Scientific memoirs by medical officers of the Army of India - Part XII,
Year: 1901
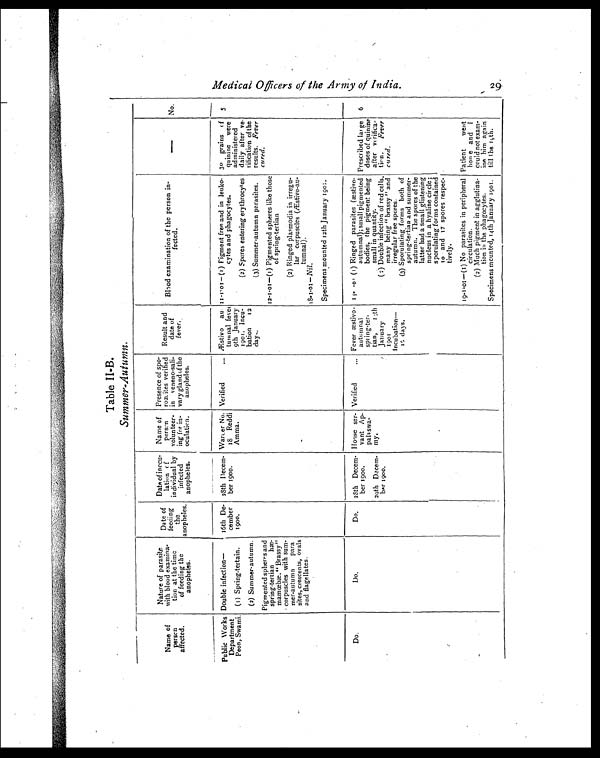
Medical officers of the Army of India.
2 9
Table II-B.
Summer-Autumn.
Name of
perscn
affected.
Nature of parasite
with blood examina-
tion at the time
of feeding the
a n o p h e l e s .
Date of
feeding
t h e
anopheles .
Date of inccu-
lation of
individual by
infected
anopheles.
Name of
person
volunteer-
ing for in-
oculatien.
Presence of spo-
rozcites verified
in reneno-sali-
vary gland of the
anopheles.
Result and
date of
fever.
Blood examination of the person in-
fatted.
—
N o .
Public Works
Department
Peon, Swami.
Double infection—
16th De-
camber
1900.
28th Decem-
ber 1900.
Warder No.
18 Reddi
Amma.
Verified
... Æstivo au-
tumnal fever
9th January
1091. Incu-
bation 12
day.
11-1 01 (1) Pigment free and in leuko-
cytes and phagocytes.
30 grains of
quinine were
administered
daily after ve-
rification of the
results. Fever
cured.
5
(1) Spring-tertain.
(2) Spores entering erythrocytes
(2) Summer-autumn.
Pigmented spheres and
s p r i n g - t e r t i a n h æ -
mamœbæ. "Brassy"
corpuscles with sum-
mer-autumn para
sites, crescents, oval
and flagellates.
(3) Summer-autumn parasites.
12-1-01—(1) Pigmented spheres like those
of spring-tertian
(2) Ringed plasmodia in irregu-
lar corpuscles (Æstivo-au-
tumnal).
18-1-01— Nil .
Specimens mounted 12th January 190:.
Do.
Do.
Do.
28th Decem-
ber 1900.
House ser-
vant Ap-
palaswa-
my.
Verified
... Fever æstivo
autumnal
spring-ter.
tian, 1;th
January
1901
Incubation—
10 days.
11-0 (1) Ringed parasites (æstivo-
autumnal); small pigmented
bodies, the pigment being
small in quantity.
Prescribed large
doses of quinine
after vorifica-
tien.
Fever
cured.
Patient went
hone and I
could not exam-
ine him again
t i l l t h e 1 0 t h .
6
29th Decem-
ber 1900.
(7) Double infection of red cells,
many being " brassy " and
irregular free spores.
(3) Sporulating forms both of
spring-tertian and summer-
autumn. The spores of the
latter bad a small glistening
nucleus in a hyaline circle;
sporulating forms contained
10 and 17 spores respec-
tively.
19-1-01—(1) No parasites in peripheral
circulation.
(2) Much pigment in agglutina-
tion in the phagocytes.
Specimens mounted, 14th January 1901.